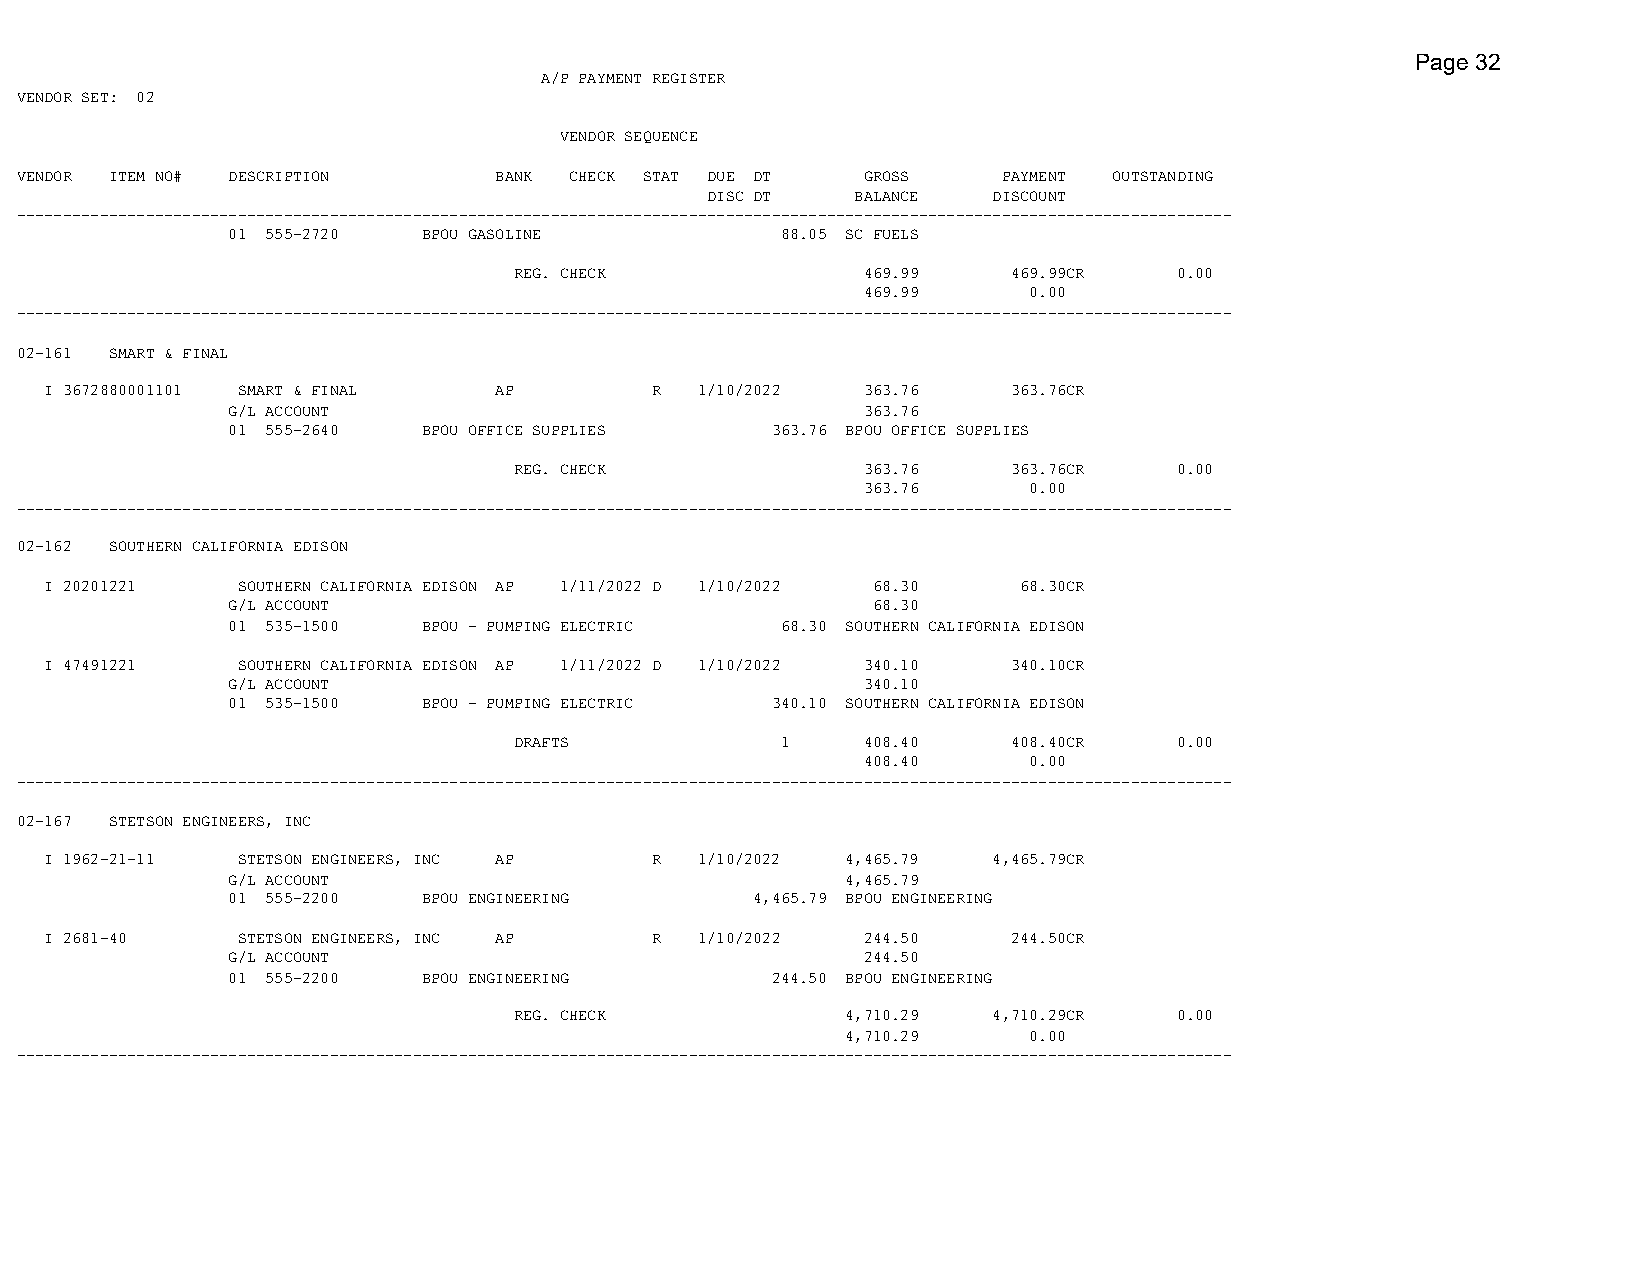
Page 32
 A/P PAYMENT REGISTER
 VENDOR SET: 02
 VENDOR SEQUENCE
 VENDOR ITEM NO# DESCRIPTION     BANK CHECK STAT DUE DT  GROSS    PAYMENT OUTSTANDING
 DISC DT   BALANCE  DISCOUNT
 ------------------------------------------------------------------------------------------------------------------------------------
 01 555-2720  BPOU GASOLINE           88.05 SC FUELS
 REG. CHECK             469.99    469.99CR   0.00
 469.99     0.00
 ------------------------------------------------------------------------------------------------------------------------------------
 02-161 SMART & FINAL
 I 3672880001101 SMART & FINAL AP        R  1/10/2022  363.76    363.76CR
 G/L ACCOUNT                               363.76
 01 555-2640  BPOU OFFICE SUPPLIES   363.76 BPOU OFFICE SUPPLIES
 REG. CHECK             363.76    363.76CR   0.00
 363.76     0.00
 ------------------------------------------------------------------------------------------------------------------------------------
 02-162 SOUTHERN CALIFORNIA EDISON
 I 20201221   SOUTHERN CALIFORNIA EDISON AP 1/11/2022 D 1/10/2022 68.30 68.30CR
 G/L ACCOUNT                                68.30
 01 535-1500  BPOU - PUMPING ELECTRIC 68.30 SOUTHERN CALIFORNIA EDISON
 I 47491221   SOUTHERN CALIFORNIA EDISON AP 1/11/2022 D 1/10/2022 340.10 340.10CR
 G/L ACCOUNT                               340.10
 01 535-1500  BPOU - PUMPING ELECTRIC 340.10 SOUTHERN CALIFORNIA EDISON
 DRAFTS            1    408.40    408.40CR   0.00
 408.40     0.00
 ------------------------------------------------------------------------------------------------------------------------------------
 02-167 STETSON ENGINEERS, INC
 I 1962-21-11 STETSON ENGINEERS, INC AP  R  1/10/2022 4,465.79  4,465.79CR
 G/L ACCOUNT                              4,465.79
 01 555-2200  BPOU ENGINEERING      4,465.79 BPOU ENGINEERING
 I 2681-40    STETSON ENGINEERS, INC AP  R  1/10/2022  244.50    244.50CR
 G/L ACCOUNT                               244.50
 01 555-2200  BPOU ENGINEERING       244.50 BPOU ENGINEERING
 REG. CHECK            4,710.29  4,710.29CR  0.00
 4,710.29    0.00
 ------------------------------------------------------------------------------------------------------------------------------------